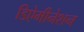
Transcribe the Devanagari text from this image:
डिऐमीनेशन